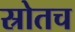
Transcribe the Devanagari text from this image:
स्रोतच